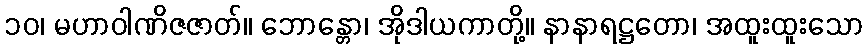
၁၀၊ မဟာဝါဏိဇဇာတ်။ ဘောန္တော၊ အိုဒါယကာတို့။ နာနာရဋ္ဌတော၊ အထူးထူးသော